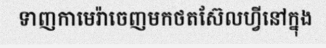
ទាញកាមេរ៉ាចេញមកថតស៊ែលហ្វីនៅក្នុង